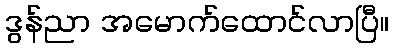
ဒွန်ညာ အမောက်ထောင်လာပြီ။